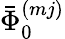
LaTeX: \bar{\Phi}_{0}^{(mj)}